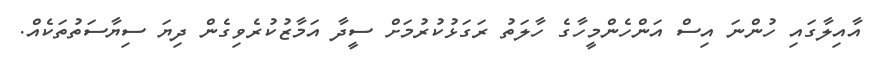
އާއިލާގައި ހުންނަ އިސް އަންހެންމީހާގެ ހާލަތު ރަގަޅުކުރުމަށް ސީދާ އަމާޒުކުރެވިގެން ދިޔަ ސިޔާސަތުތަކެއް.